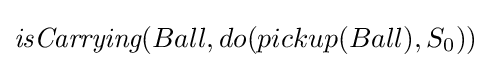
{\textit {isCarrying}}(Ball,do(pickup(Ball),S_{0}))